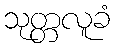
သုတ္တလူခံ